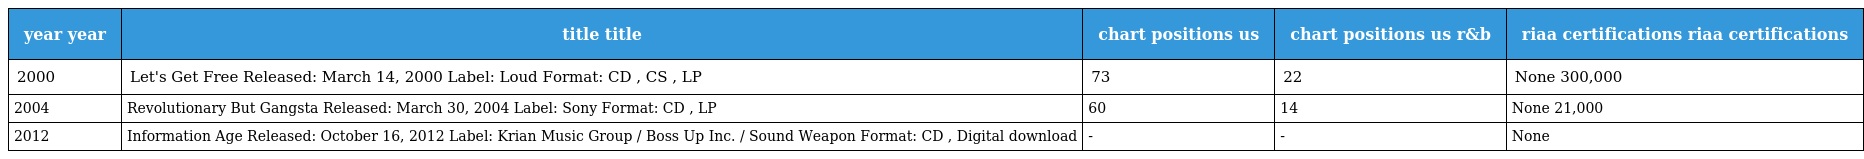
| year year | title title | chart positions us | chart positions us r&b | riaa certifications riaa certifications |
 | --- | --- | --- | --- | --- |
 | 2000 | Let's Get Free Released: March 14, 2000 Label: Loud Format: CD , CS , LP | 73 | 22 | None 300,000 |
 | 2004 | Revolutionary But Gangsta Released: March 30, 2004 Label: Sony Format: CD , LP | 60 | 14 | None 21,000 |
 | 2012 | Information Age Released: October 16, 2012 Label: Krian Music Group / Boss Up Inc. / Sound Weapon Format: CD , Digital download | - | - | None |